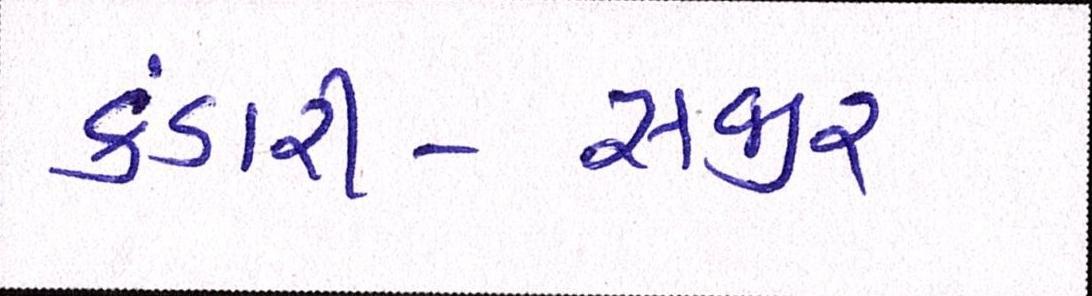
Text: કંડારી-સજીર્